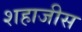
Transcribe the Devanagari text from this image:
शहाजीस